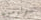
سولومون